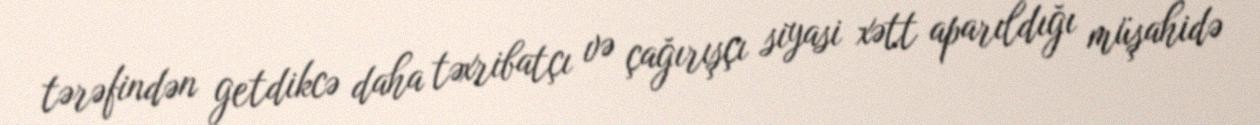
tərəfindən getdikcə daha təxribatçı və çağırışçı siyasi xətt aparıldığı müşahidə